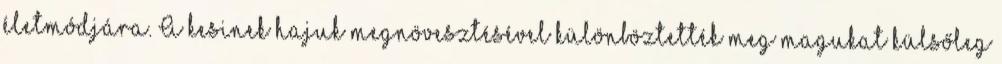
életmódjára. A kesinek hajuk megnövesztésével különböztették meg magukat külsőleg